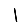
Digit: 1